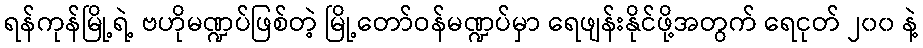
ရန်ကုန်မြို့ရဲ့ ဗဟိုမဏ္ဍပ်ဖြစ်တဲ့ မြို့တော်ဝန်မဏ္ဍပ်မှာ ရေဖျန်းနိုင်ဖို့အတွက် ရေငုတ် ၂၀၀ နဲ့